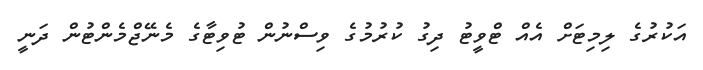
އަކުރުގެ ލިމިޓަށް އެއް ޓްވީޓު ދިގު ކުރުމުގެ ވިސްނުން ޓުވިޓާގެ މެނޭޖްމެންޓުން ދަނީ